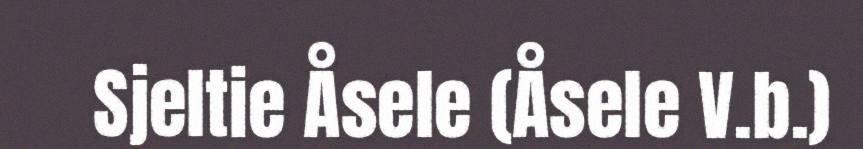
Sjeltie Åsele (Åsele V.b.)